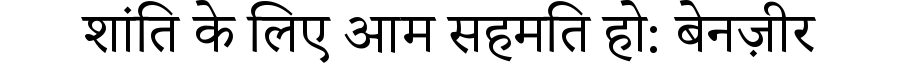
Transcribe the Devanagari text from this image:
शांति के लिए आम सहमति हो: बेनज़ीर